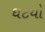
ઘટયો